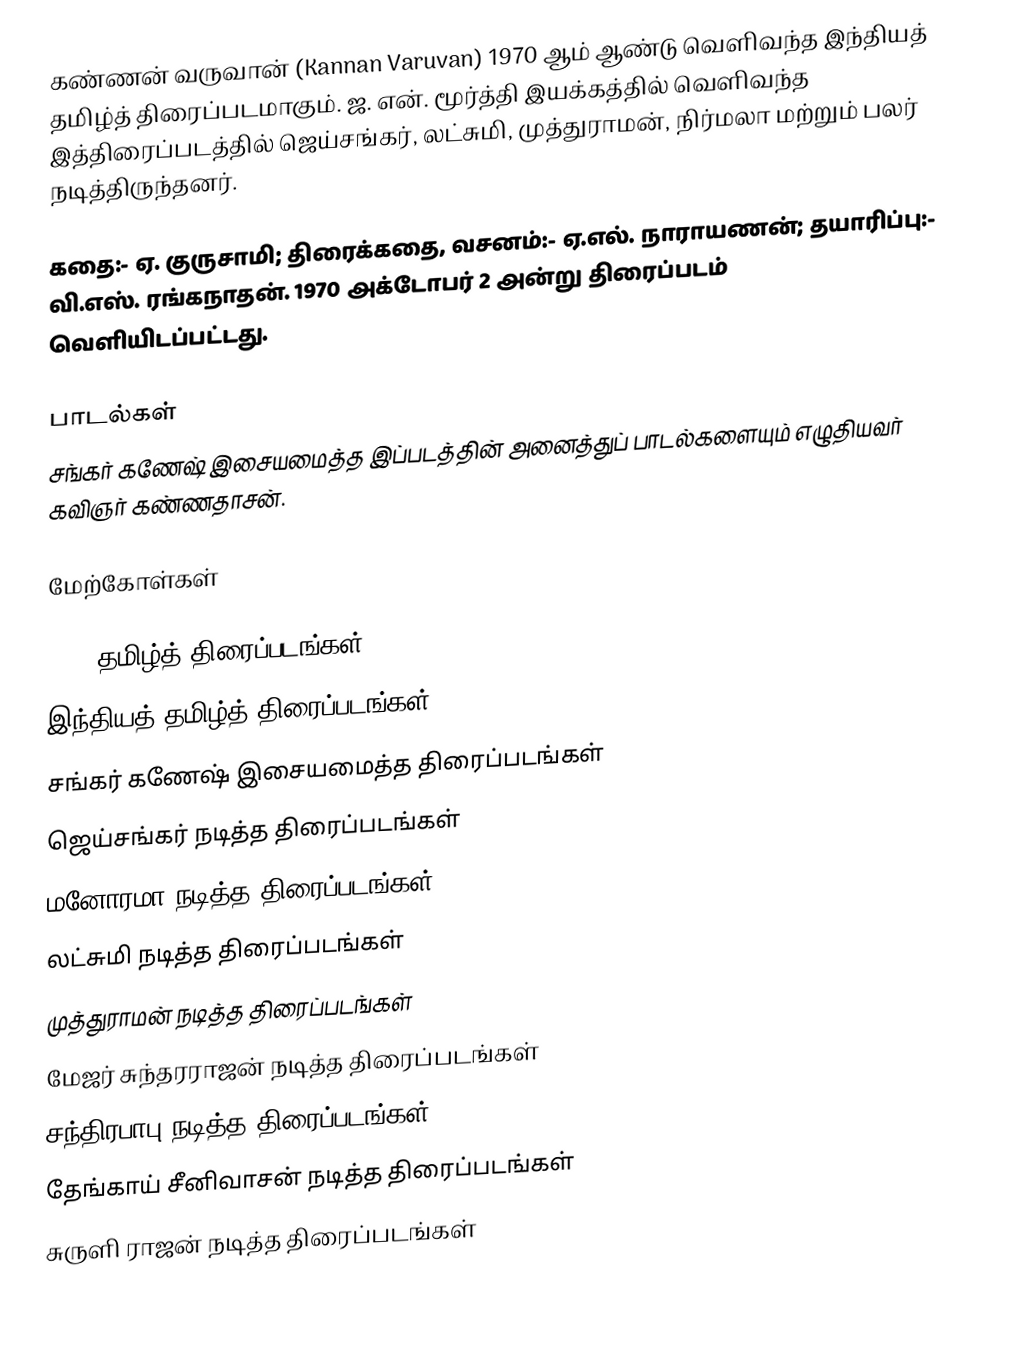
கண்ணன் வருவான் (Kannan Varuvan) 1970 ஆம் ஆண்டு வெளிவந்த இந்தியத் தமிழ்த் திரைப்படமாகும். ஜ. என். மூர்த்தி இயக்கத்தில் வெளிவந்த இத்திரைப்படத்தில் ஜெய்சங்கர், லட்சுமி, முத்துராமன், நிர்மலா மற்றும் பலர் நடித்திருந்தனர்.

கதை:- ஏ. குருசாமி;  திரைக்கதை, வசனம்:- ஏ.எல். நாராயணன்; தயாரிப்பு:- வி.எஸ். ரங்கநாதன். 1970 அக்டோபர்  2 அன்று திரைப்படம் வெளியிடப்பட்டது.

பாடல்கள்
சங்கர் கணேஷ் இசையமைத்த இப்படத்தின் அனைத்துப் பாடல்களையும் எழுதியவர் கவிஞர் கண்ணதாசன்.

மேற்கோள்கள்

1970 தமிழ்த் திரைப்படங்கள்
இந்தியத் தமிழ்த் திரைப்படங்கள்
சங்கர் கணேஷ் இசையமைத்த திரைப்படங்கள்
ஜெய்சங்கர் நடித்த திரைப்படங்கள்
மனோரமா நடித்த திரைப்படங்கள்
லட்சுமி நடித்த திரைப்படங்கள்
முத்துராமன் நடித்த திரைப்படங்கள்
மேஜர் சுந்தரராஜன் நடித்த திரைப்படங்கள்
சந்திரபாபு நடித்த திரைப்படங்கள்
தேங்காய் சீனிவாசன் நடித்த திரைப்படங்கள்
சுருளி ராஜன் நடித்த திரைப்படங்கள்